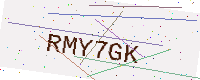
Text: RMY7GK